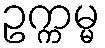
ဥက္ကမ္မ